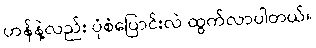
ဟန်နဲ့လည်း ပုံစံပြောင်းလဲ ထွက်လာပါတယ်။